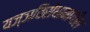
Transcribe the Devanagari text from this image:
यज्ञविरोधामागील